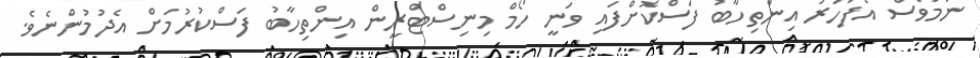
ނަމަވެސް އެފަހަރު އިންތިހާބު ފަސްކޮށްފައި ވަނީ ހޯމް މިނިސްޓްރީން އިންތިހާބު ފަސްކުރުމަށް އެދުމުންނެވެ.